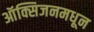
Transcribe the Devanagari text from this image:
ऑक्सिजनमधून